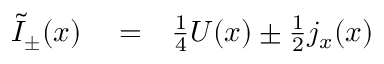
\begin{array} { r l r } { \widetilde I _ { \pm } ( x ) } & { { } = } & { \frac { 1 } { 4 } U ( x ) \pm \frac { 1 } { 2 } j _ { x } ( x ) } \end{array}